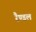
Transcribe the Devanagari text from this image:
रैण्डल